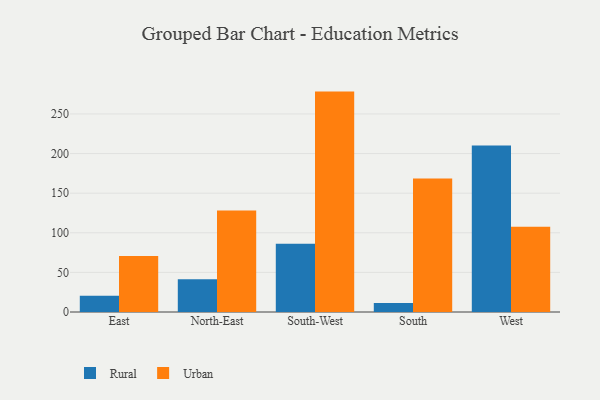
{"axis": {"x": "Region", "y": "Operating Costs (USD K)"}, "legend": ["Rural", "Urban"], "data": [{"x": "East", "y": 20.6, "type": "Rural"}, {"x": "East", "y": 70.6, "type": "Urban"}, {"x": "North-East", "y": 41.4, "type": "Rural"}, {"x": "North-East", "y": 128.1, "type": "Urban"}, {"x": "South-West", "y": 86.0, "type": "Rural"}, {"x": "South-West", "y": 278.2, "type": "Urban"}, {"x": "South", "y": 11.4, "type": "Rural"}, {"x": "South", "y": 168.6, "type": "Urban"}, {"x": "West", "y": 210.1, "type": "Rural"}, {"x": "West", "y": 107.5, "type": "Urban"}]}